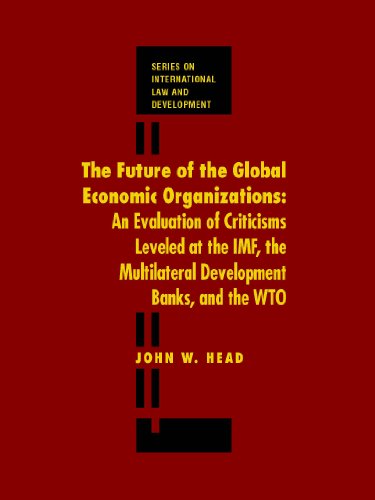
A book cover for The Future of Global Economic Organizations: An Evaluation of Criticisms Leveled at the IMF, the Multilateral Development Banks, and the WTO (International Law and Development); John Head; Law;